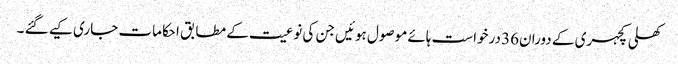
کھلی کچہری کے دوران36 درخواست ہائے موصول ہوئیں جن کی نوعیت کے مطابق احکامات جاری کیے گئے ۔